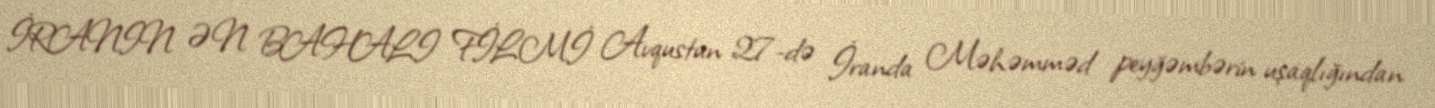
İRANIN ƏN BAHALI FİLMİ Avqustun 27-də İranda Məhəmməd peyğəmbərin uşaqlığından